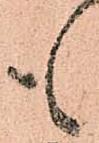
も